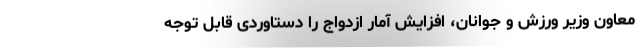
معاون وزیر ورزش و جوانان، افزایش آمار ازدواج را دستاوردی قابل توجه